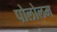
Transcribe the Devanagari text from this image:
पोलोलम